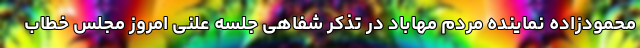
محمودزاده نماینده مردم مهاباد در تذکر شفاهی جلسه علنی امروز مجلس خطاب